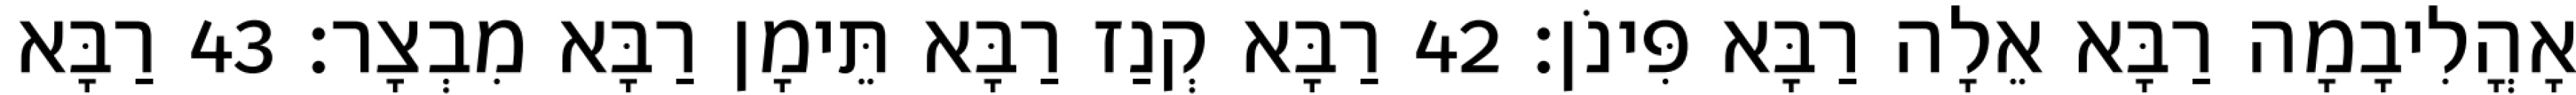
אָהֳלִיבָמָה רַבָּא אֵלָה רַבָּא פִּינֹן׃ 42 רַבָּא קְנַז רַבָּא תֵּימָן רַבָּא מִבְצָר׃ 43 רַבָּא